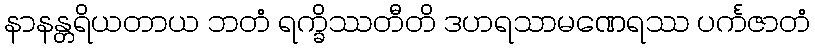
နာနန္တရိယတာယ ဘတံ ရက္ခိဿတီတိ ဒဟရသာမဏေရဿ ပင်္ကဇာတံ